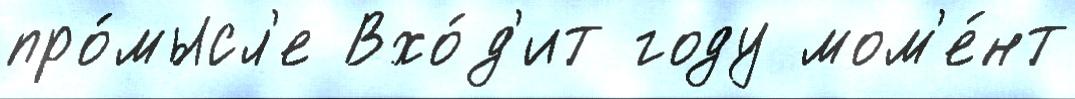
про́мысл'е Вхо́д'ит году мом'е́нт